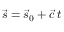
{ \vec { s } } = { \vec { s } } _ { 0 } + { \vec { c } } \, t